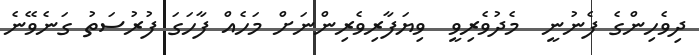
ދިވެހިންގެ ފެނުނީ  މެދުވެރިވީ  ވިޔަފާރިވެރިންނަށް މަހެއް ފާހަގަ ފުރުސަތު ގަނެވޭނެ